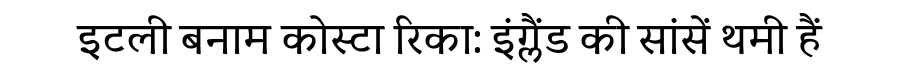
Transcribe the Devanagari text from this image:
इटली बनाम कोस्टा रिका: इंग्लैंड की सांसें थमी हैं